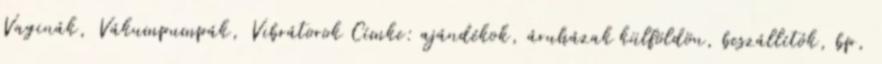
Vaginák, Vákumpumpák, Vibrátorok Címke: ajándékok, áruházak külföldön, beszállítók, bp,